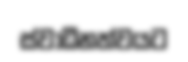
ස්වාධීනත්වයට